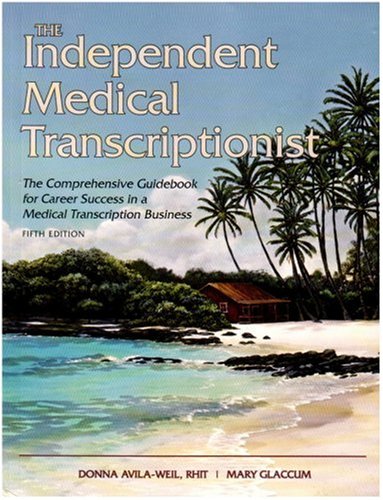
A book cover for The Independent Medical Transcriptionist, Fifth Edition: The Comprehensive Guidebook for Career Success in a Medical Transcription Business; Donna Avila-Weil; Medical Books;